Scottish Leaving Certificate Examination, 1961
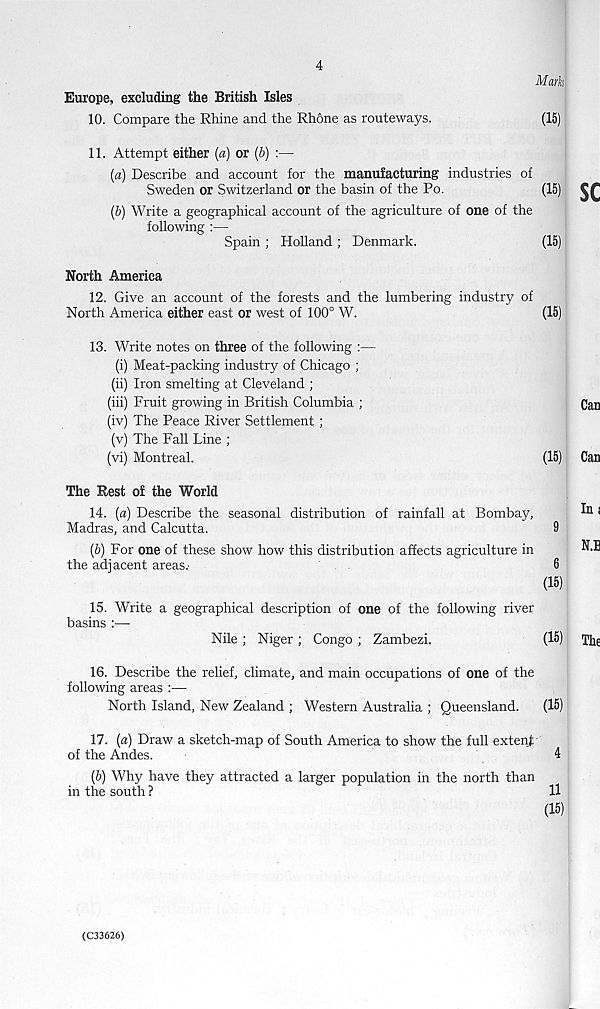
4
Mark
Europe, excluding the British Isles
10. Compare the Rhine and the Rhone as routeways.
(15)
11. Attempt either (a) or (b) :—
(a) Describe and account for the manufacturing industries of
Sweden or Switzerland or the basin of the Po.
(15)
(b) Write a geographical account of the agriculture of one of the
following :—
Spain ; Holland ; Denmark.
(15)
North America
12. Give an account of the forests and the lumbering industry of
North America either east or west of 100° W.
(15)
13. Write notes on three of the following :—
(i) Meat-packing industry of Chicago ;
(ii) Iron smelting at Cleveland ;
(iii) Fruit growing in British Columbia ;
(iv) The Peace River Settlement ;
(v) The Fall Line ;
(vi) Montreal.
(15)
The Rest of the World
14. (a) Describe the seasonal distribution of rainfall at Bombay,
Madras, and Calcutta.
9
(b) For one of these show how this distribution affects agriculture in
the adiacent areas:
6
(15)
15. Write a geographical description of one of the following river
basins :—•
Nile ; Niger ; Congo ; Zambezi.
(15)
16. Describe the relief, climate, and main occupations of one of the
following areas :—
North Island, New Zealand ; Western Australia ; Queensland.
(15)
17. (a) Draw a sketch-map of South America to show the full extent
of the Andes.
4
(6) Why have they attracted a larger population in the north than
in the south ?
11
(15)
(C33626)